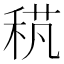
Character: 𥟌